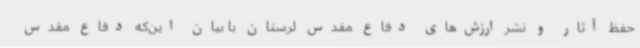
حفظ آثار و نشر ارزش‌های دفاع مقدس لرستان با بیان این‌که دفاع مقدس